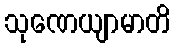
သုဏေယျာမာတိ